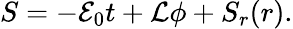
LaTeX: S=-{\cal{E}}_{0}t+{\cal{L}}\phi+S_{r}(r).